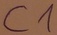
Text: C1